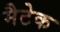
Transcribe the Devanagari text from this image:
मैटेक